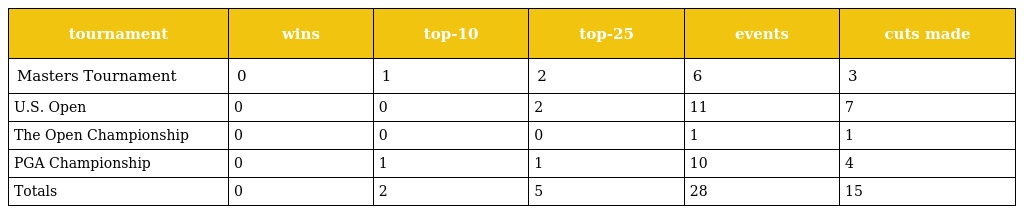
| tournament | wins | top-10 | top-25 | events | cuts made |
 | --- | --- | --- | --- | --- | --- |
 | Masters Tournament | 0 | 1 | 2 | 6 | 3 |
 | U.S. Open | 0 | 0 | 2 | 11 | 7 |
 | The Open Championship | 0 | 0 | 0 | 1 | 1 |
 | PGA Championship | 0 | 1 | 1 | 10 | 4 |
 | Totals | 0 | 2 | 5 | 28 | 15 |